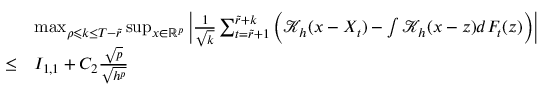
\begin{array} { r l } & { \operatorname* { m a x } _ { \rho \leqslant k \leq T - \widetilde { r } } \operatorname* { s u p } _ { x \in \mathbb { R } ^ { p } } \Big | \frac { 1 } { \sqrt { k } } \sum _ { t = \widetilde { r } + 1 } ^ { \widetilde { r } + k } \Big ( \mathcal { K } _ { h } ( x - X _ { t } ) - \int \mathcal { K } _ { h } ( x - z ) d F _ { t } ( z ) \Big ) \Big | } \\ { \le } & { I _ { 1 , 1 } + C _ { 2 } \frac { \sqrt { p } } { \sqrt { h ^ { p } } } } \end{array}